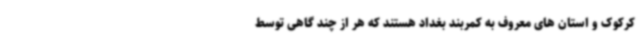
کرکوک و استان های معروف به کمربند بغداد هستند که هر از چند گاهی توسط